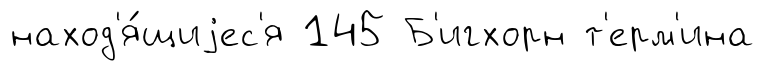
наход'я́щиjес'я 145 Б'игхорн т'ерм'ина